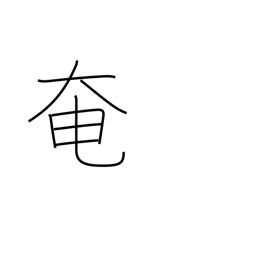
Meaning: obstruct